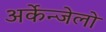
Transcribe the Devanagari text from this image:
अर्केन्जेलो